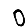
Digit: 0